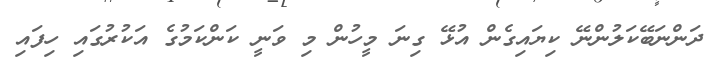
ދަންނަބޭކަލުންނޭ ކިޔައިގެން އުޅޭ ގިނަ މީހުން މި ވަނީ ކަންކަމުގެ އަކުރުގައި ހިފައި